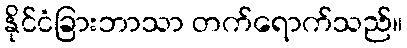
နိုင်ငံခြားဘာသာ တက်ရောက်သည်။